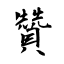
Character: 贊